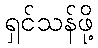
ရှင်သန်ဖို့